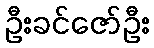
ဦးခင်ဇော်ဦး